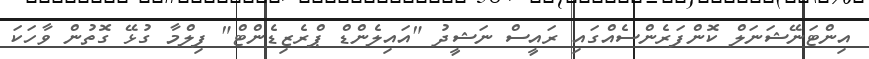
އިންޓަނޭޝަނަލް ކޮންފަރެންސެއްގައި ރައީސް ނަޝީދު "އައިލެންޑް ޕްރެޒިޑެންޓް" ފިލްމާ ގުޅޭ ގޮތުން ވާހަކަ